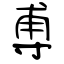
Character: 尃